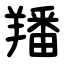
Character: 羳